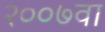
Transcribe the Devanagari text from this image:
२००७वा